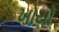
ખોયો